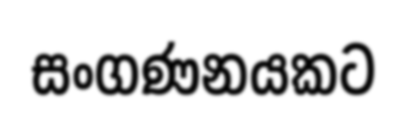
සංගණනයකට